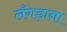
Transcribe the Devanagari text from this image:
लँगड़ाना